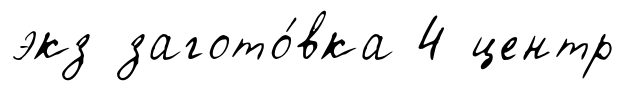
экз загото́вка 4 центр